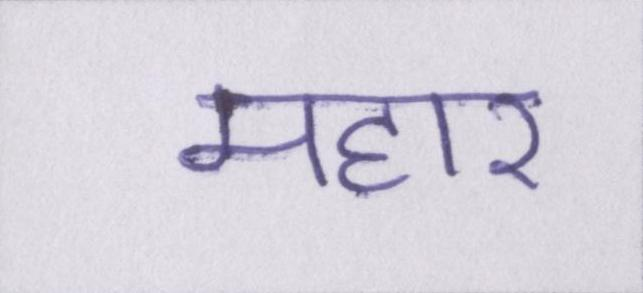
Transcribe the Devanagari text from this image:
महार